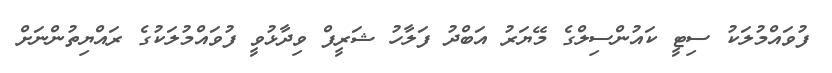
ފުވައްމުލަކު ސިޓީ ކައުންސިލްގެ މޭޔަރު އަބްދު ފަލާހު ޝަރީފް ވިދާޅުވީ ފުވައްމުލަކުގެ ރައްޔިތުންނަށް